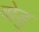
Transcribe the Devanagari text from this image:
वोडु